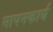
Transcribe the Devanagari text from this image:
मापनकार्य